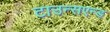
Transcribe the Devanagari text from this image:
टाउन्सएन्ड